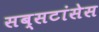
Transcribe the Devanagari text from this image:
सब्सटांसेस